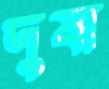
দুষা